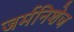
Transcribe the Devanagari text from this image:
जर्मनिशेज